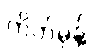
ကိတ်မုန့်